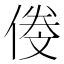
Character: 𠌍